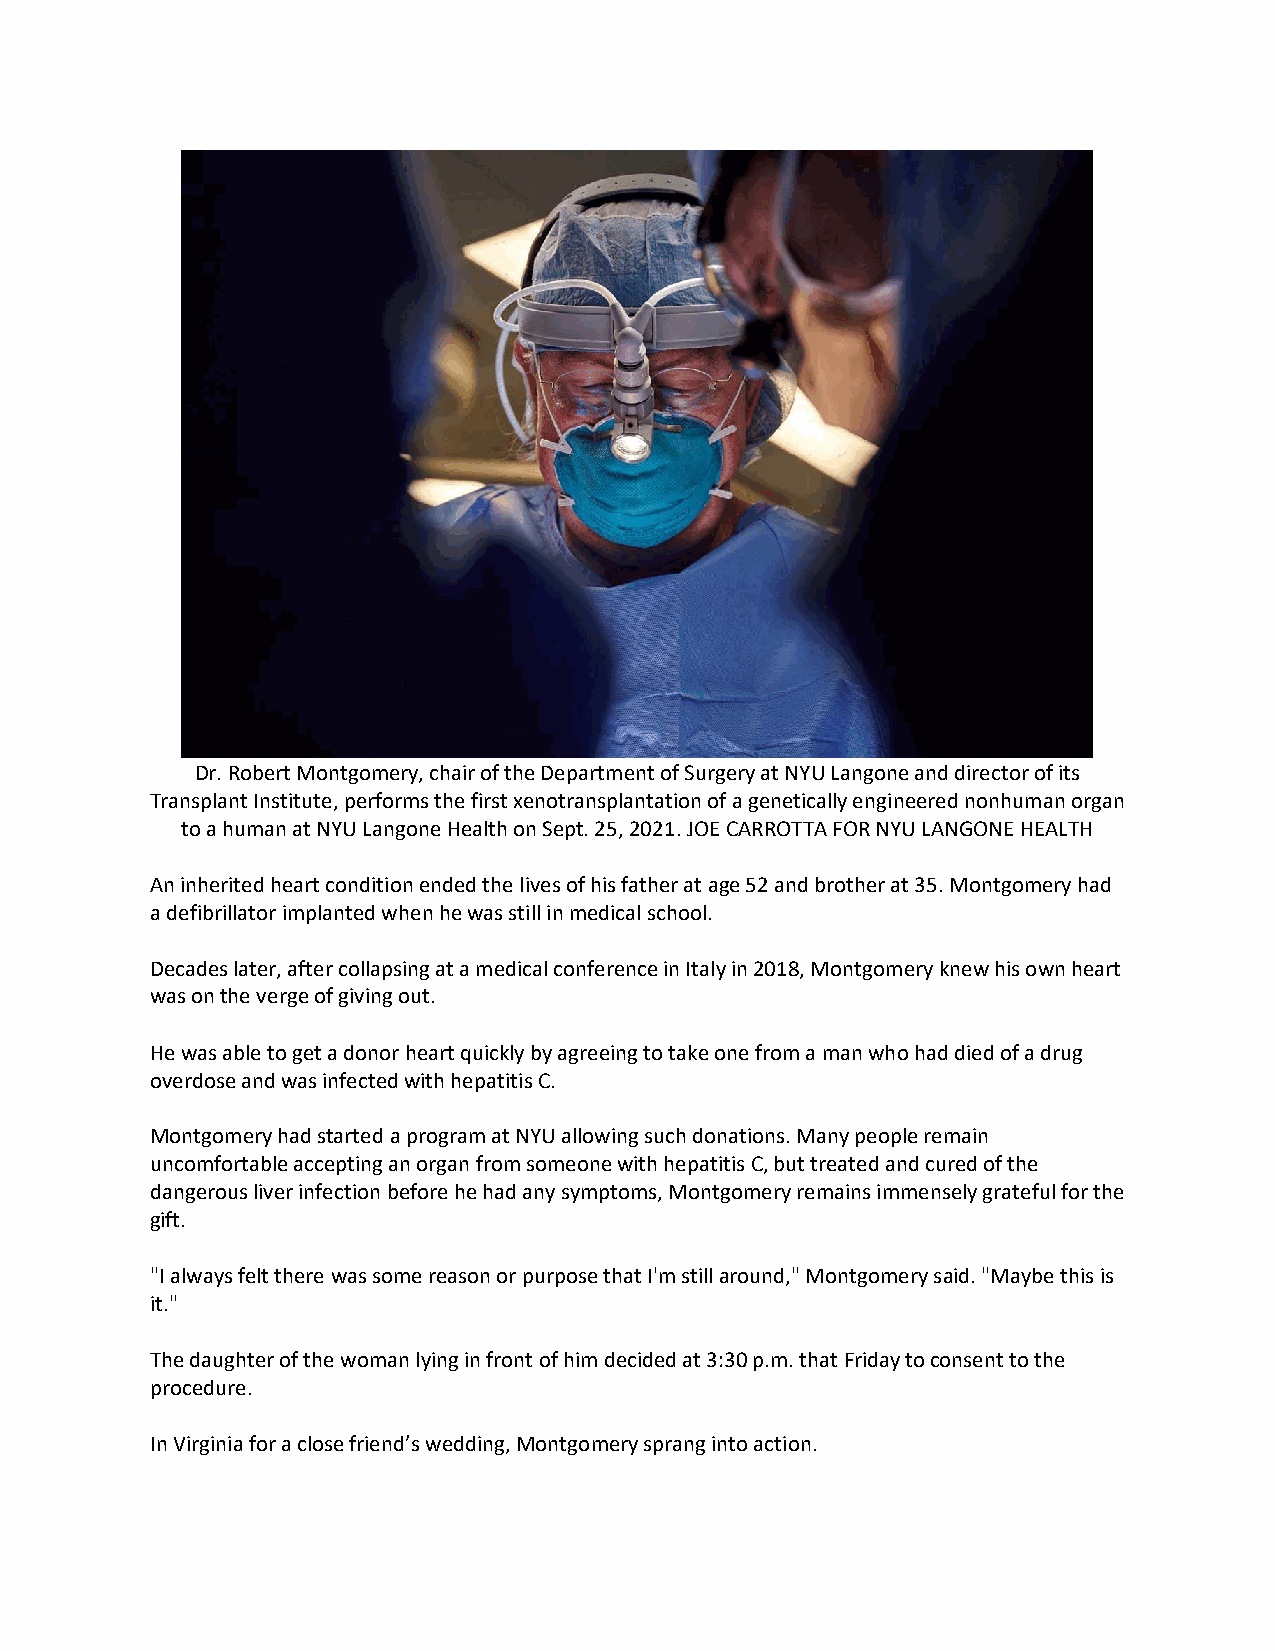
Dr. Robert Montgomery, chair of the Department of Surgery at NYU Langone and director of its
 Transplant Institute, performs the first xenotransplantation of a genetically engineered nonhuman organ
 to a human at NYU Langone Health on Sept. 25, 2021. JOE CARROTTA FOR NYU LANGONE HEALTH
 An inherited heart condition ended the lives of his father at age 52 and brother at 35. Montgomery had
 a defibrillator implanted when he was still in medical school.
 Decades later, after collapsing at a medical conference in Italy in 2018, Montgomery knew his own heart
 was on the verge of giving out.
 He was able to get a donor heart quickly by agreeing to take one from a man who had died of a drug
 overdose and was infected with hepatitis C.
 Montgomery had started a program at NYU allowing such donations. Many people remain
 uncomfortable accepting an organ from someone with hepatitis C, but treated and cured of the
 dangerous liver infection before he had any symptoms, Montgomery remains immensely grateful for the
 gift.
 "I always felt there was some reason or purpose that I'm still around," Montgomery said. "Maybe this is
 it."
 The daughter of the woman lying in front of him decided at 3:30 p.m. that Friday to consent to the
 procedure.
 In Virginia for a close friend’s wedding, Montgomery sprang into action.